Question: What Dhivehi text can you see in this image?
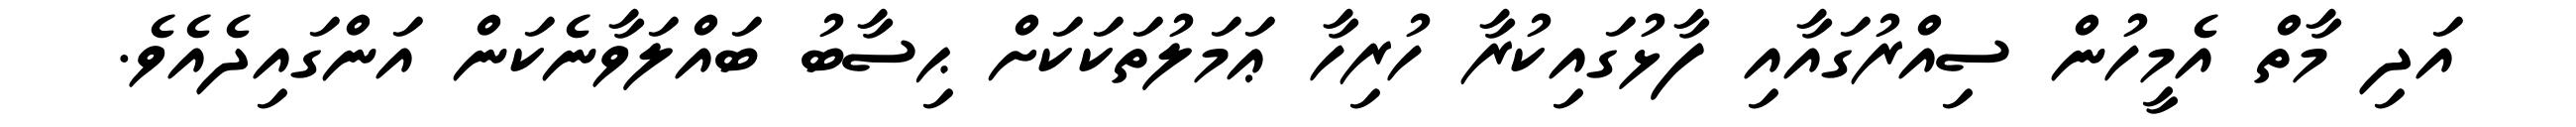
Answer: އަދި މާތް އެމީހުން ސިއްރުގައާއި ފާޅުގައިކުރާ ހުރިހާ ޢަމަލުތަކަކަށް ޙިސާބު ބައްލަވާނެކަން އަންގައިދެއެވެ.